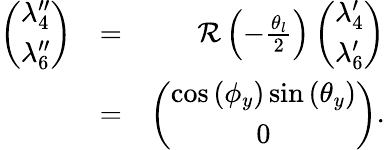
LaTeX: \begin{array}{rlr}{\left(\begin{array}{c}{\lambda_{4}^{\prime\prime}}\\ {\lambda_{6}^{\prime\prime}}\end{array}\right)}&{=}&{{\mathcal R}\left(-\frac{\theta_{l}}{2}\right)\left(\begin{array}{c}{\lambda_{4}^{\prime}}\\ {\lambda_{6}^{\prime}}\end{array}\right)}\\ &{=}&{\left(\begin{array}{c}{\cos\left(\phi_{y}\right)\sin\left(\theta_{y}\right)}\\ {0}\end{array}\right).}\end{array}